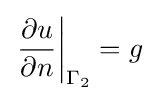
\left.{\frac {\partial u}{\partial n}}\right|_{\Gamma _{2}}=g